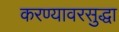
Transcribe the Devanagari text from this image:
करण्यावरसुद्धा